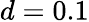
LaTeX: d=0.1